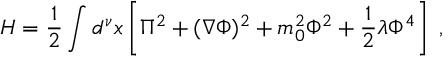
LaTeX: H = \frac { 1 } { 2 } \int d ^ { \nu } x \left[ \Pi ^ { 2 } + ( \nabla \Phi ) ^ { 2 } + m _ { 0 } ^ { 2 } \Phi ^ { 2 } + \frac { 1 } { 2 } \lambda \Phi ^ { 4 } \right] \; ,